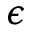
\epsilon